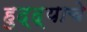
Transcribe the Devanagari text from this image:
हुद्द्याचे